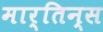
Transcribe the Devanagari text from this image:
मार्तिन्स